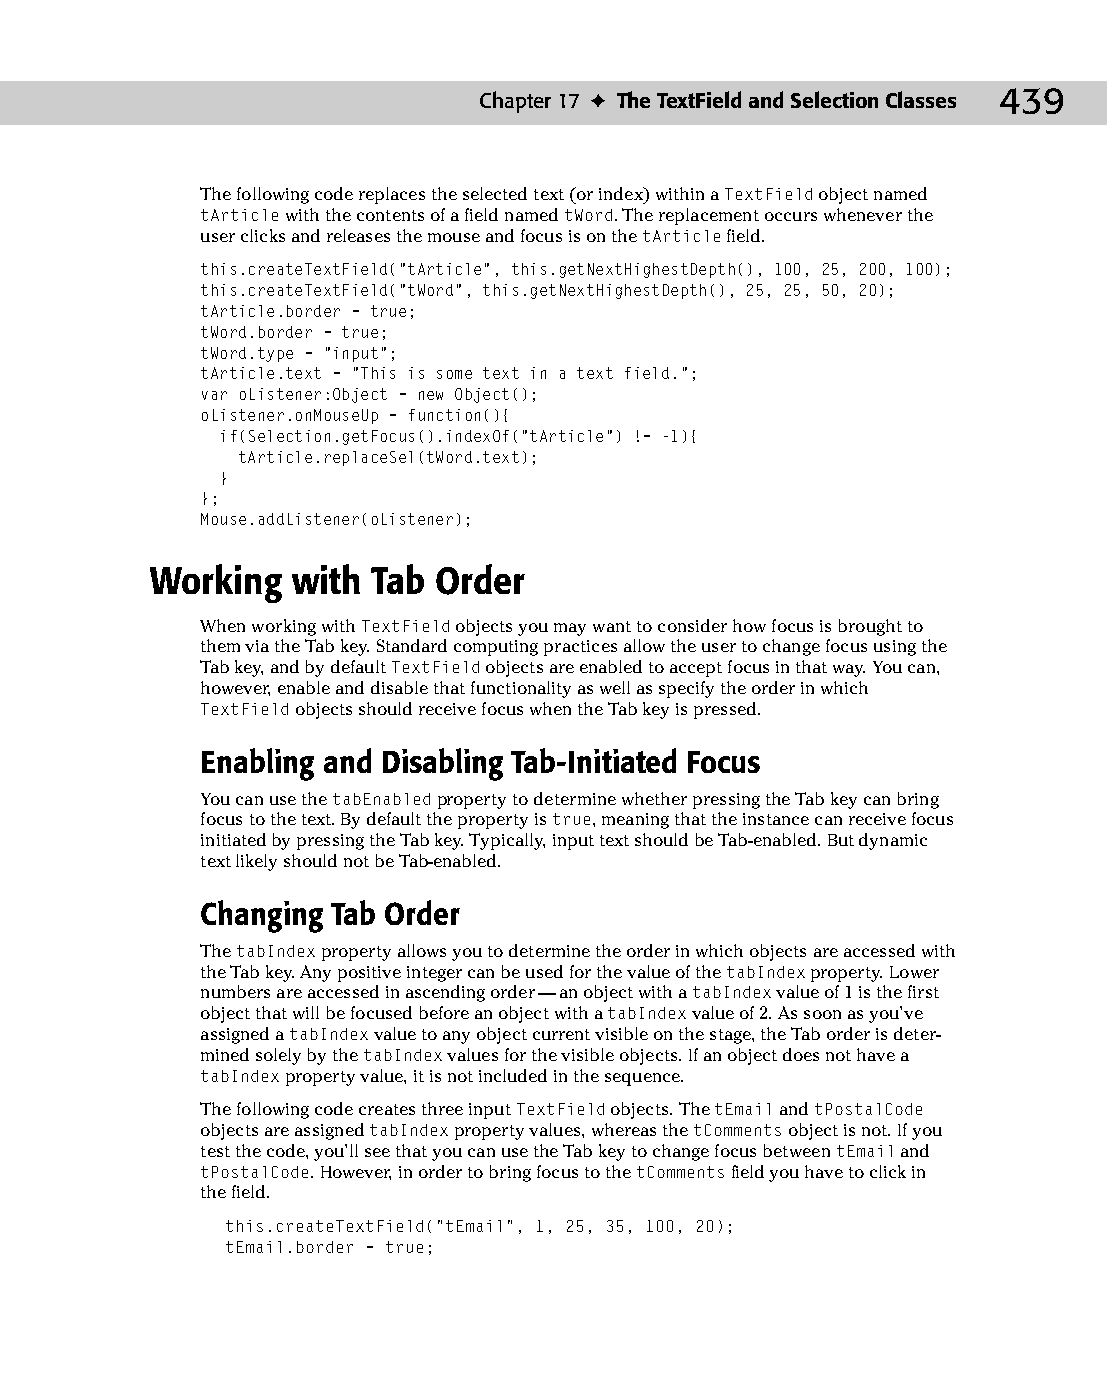
23 543547 ch17.qxd 3/24/04 4:11 PM Page 439
 Chapter 17 ✦ The TextField and Selection Classes 439
 The following code replaces the selected text (or index) within a TextField object named
 tArticle with the contents of a field named tWord. The replacement occurs whenever the
 user clicks and releases the mouse and focus is on the tArticle field.
 this.createTextField(“tArticle”, this.getNextHighestDepth(), 100, 25, 200, 100);
 this.createTextField(“tWord”, this.getNextHighestDepth(), 25, 25, 50, 20);
 tArticle.border = true;
 tWord.border = true;
 tWord.type = “input”;
 tArticle.text = “This is some text in a text field.”;
 var oListener:Object = new Object();
 oListener.onMouseUp = function(){
 if(Selection.getFocus().indexOf(“tArticle”) != -1){
 tArticle.replaceSel(tWord.text);
 }
 };
 Mouse.addListener(oListener);
 Working  with  Tab Order
 When working with TextField objects you may want to consider how focus is brought to
 them via the Tab key. Standard computing practices allow the user to change focus using the
 Tab key, and by default TextField objects are enabled to accept focus in that way. You can,
 however, enable and disable that functionality as well as specify the order in which
 TextField objects should receive focus when the Tab key is pressed.
 Enabling and Disabling Tab-Initiated Focus
 You can use the tabEnabled property to determine whether pressing the Tab key can bring
 focus to the text. By default the property is true, meaning that the instance can receive focus
 initiated by pressing the Tab key. Typically, input text should be Tab-enabled. But dynamic
 text likely should not be Tab-enabled.
 Changing Tab Order
 The tabIndex property allows you to determine the order in which objects are accessed with
 the Tab key. Any positive integer can be used for the value of the tabIndex property. Lower
 numbers are accessed in ascending order — an object with a tabIndex value of 1 is the first
 object that will be focused before an object with a tabIndex value of 2. As soon as you’ve
 assigned a tabIndex value to any object current visible on the stage, the Tab order is deter­
 mined solely by the tabIndex values for the visible objects. If an object does not have a
 tabIndex property value, it is not included in the sequence.
 The following code creates three input TextField objects. The tEmail and tPostalCode
 objects are assigned tabIndex property values, whereas the tComments object is not. If you
 test the code, you’ll see that you can use the Tab key to change focus between tEmail and
 tPostalCode. However, in order to bring focus to the tComments field you have to click in
 the field.
 this.createTextField(“tEmail”, 1, 25, 35, 100, 20);
 tEmail.border = true;